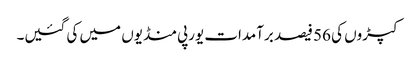
کپڑوں کی 56 فیصد برآمدات یورپی منڈیوں میں کی گئیں۔